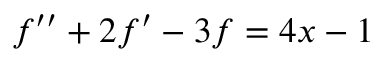
f ^ { \prime \prime } + 2 f ^ { \prime } - 3 f = 4 x - 1